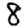
Digit: 8